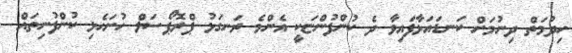
ހިދުމަތް ދިނުމަށް ކަނޑައަޅާފައިވާ ދެ ކުންފުންޏަކީ އެންމެ ރަނގަޅު ޕްރޮޕޯސަލް ހުށަހެޅި ކުންފުނިތައް